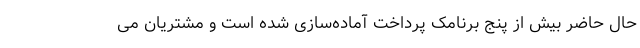
حال حاضر بیش از پنج برنامک پرداخت آماده‌سازی شده است و مشتریان می